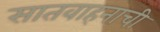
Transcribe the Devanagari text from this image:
सातवाहनाची